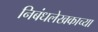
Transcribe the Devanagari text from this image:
निबंधलेखकाच्या